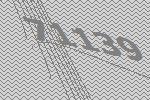
71139